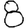
Digit: 8